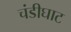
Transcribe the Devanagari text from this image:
चंडीघाट